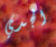
الجدي